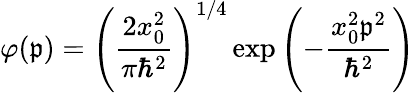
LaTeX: \varphi(\mathfrak{p})=\left({\frac{{2x_{0}^{2}}}{{\pi\hbar^{2}}}}\right)^{1/4}\exp{\left(-{\frac{{x_{0}^{2}\mathfrak{p}^{2}}}{{\hbar^{2}}}}\right)}